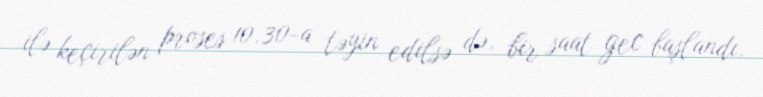
ilə keçirilən proses 10.30-a təyin edilsə də, bir saat gec başlandı.